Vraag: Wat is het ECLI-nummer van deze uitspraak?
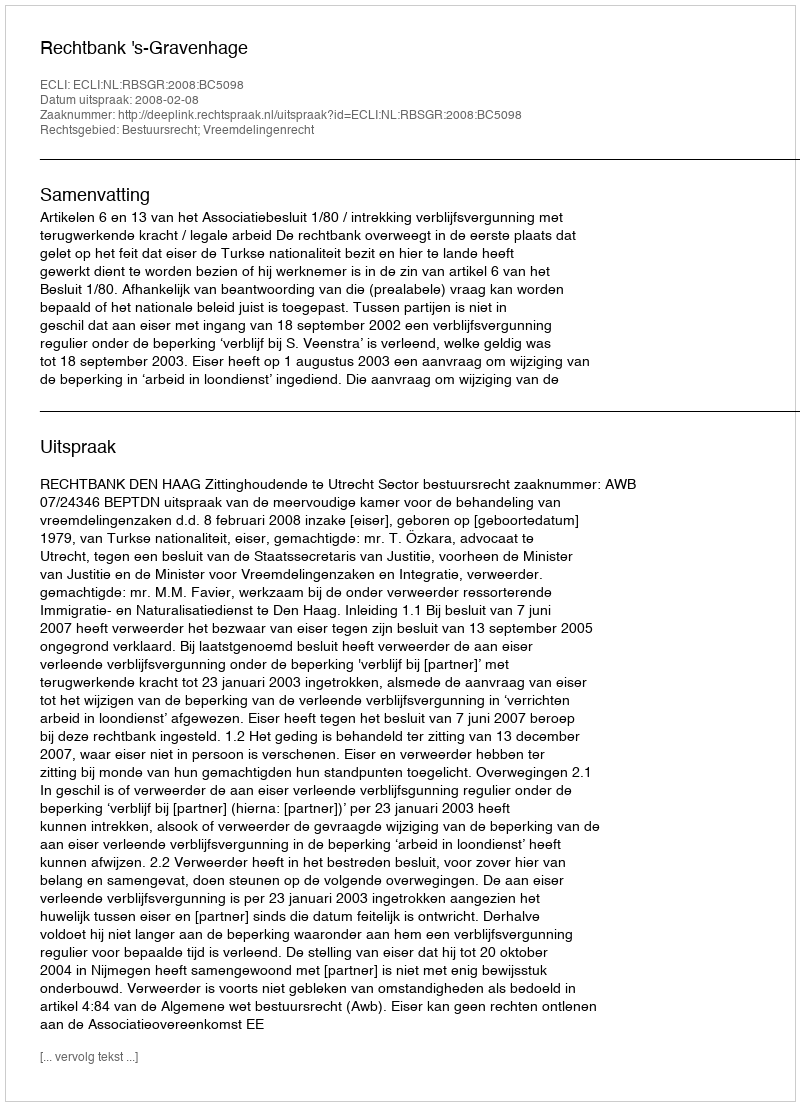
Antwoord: ECLI:NL:RBSGR:2008:BC5098